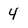
Character: 4